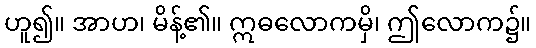
ဟူ၍။ အာဟ၊ မိန့်၏။ ဣဓလောကမှိ၊ ဤလောက၌။